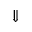
\Downarrow